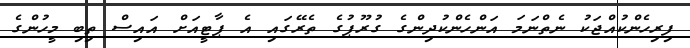
ފިރިހެންކުއްޖަކު ނެތްނަމަ އަންހެންކުދިންގެ ގުރޫޕުގެ ތެރޭގައި އެ ޕާޓީއަށް އައިސް ތިބި މީހުންގެ